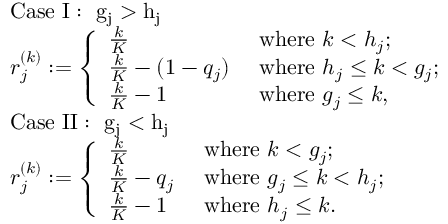
\begin{array} { r l } & { \mathrm { C a s e ~ I : ~ g _ j > h _ j ~ } } \\ & { r _ { j } ^ { ( k ) } : = \left\{ \begin{array} { l l } { \frac { k } { K } } & { \mathrm { ~ w h e r e ~ } k < h _ { j } ; } \\ { \frac { k } { K } - ( 1 - q _ { j } ) } & { \mathrm { ~ w h e r e ~ } h _ { j } \leq k < g _ { j } ; } \\ { \frac { k } { K } - 1 } & { \mathrm { ~ w h e r e ~ } g _ { j } \leq k , } \end{array} \right. } \\ & { \mathrm { C a s e ~ I I : ~ g _ j < h _ j ~ } } \\ & { r _ { j } ^ { ( k ) } : = \left\{ \begin{array} { l l } { \frac { k } { K } } & { \mathrm { ~ w h e r e ~ } k < g _ { j } ; } \\ { \frac { k } { K } - q _ { j } } & { \mathrm { ~ w h e r e ~ } g _ { j } \leq k < h _ { j } ; } \\ { \frac { k } { K } - 1 } & { \mathrm { ~ w h e r e ~ } h _ { j } \leq k . } \end{array} \right. } \end{array}